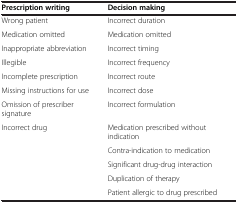
| Prescription writing | Decision making |
 | --- | --- |
 | Wrong patient | Incorrect duration |
 | Medication omitted | Medication omitted |
 | Inappropriate abbreviation | Incorrect timing |
 | Illegible | Incorrect frequency |
 | Incomplete prescription | Incorrect route |
 | Missing instructions for use | Incorrect dose |
 | Omission of prescriber signature | Incorrect formulation |
 | Incorrect drug | Medication prescribed without indication |
 |  | Contra-indication to medication |
 |  | Significant drug-drug interaction |
 |  | Duplication of therapy |
 |  | Patient allergic to drug prescribed |